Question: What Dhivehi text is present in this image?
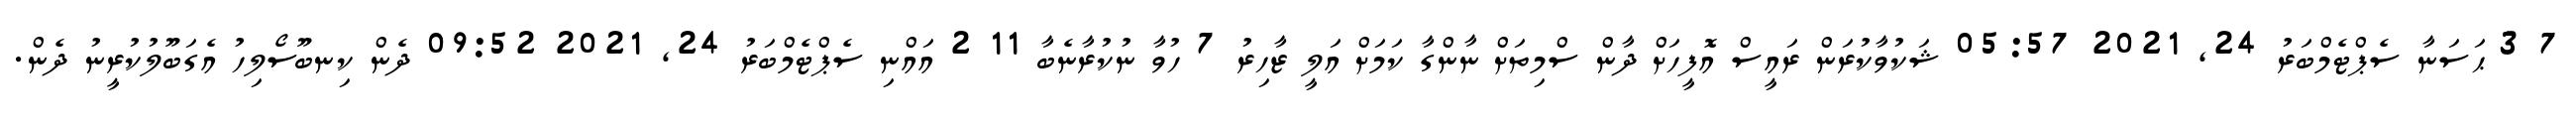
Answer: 7 3 ޙަސަނާ ސެޕްޓެމްބަރު 24, 2021 05:57 ޝަކުވާކުރަން ރައީސް އޮފީހަށް ދާން ސްމިތަށް ނާންގާ ކަމަށް އަލީ ޒާހިރު 7 ހުވާ ނުކުރާނެބާ 11 2 އައްނި ސެޕްޓެމްބަރު 24, 2021 09:52 ދެން ކިނބޫސޯލިހު އެގަބޫލުކުރީނު ދެން.